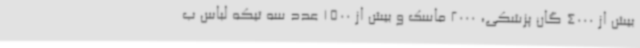
بیش از 4000 گان پزشکی، 2000 ماسک و بیش از 1500 عدد سه تیکه لباس ب